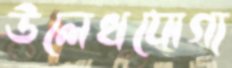
উলেখযোগ্য